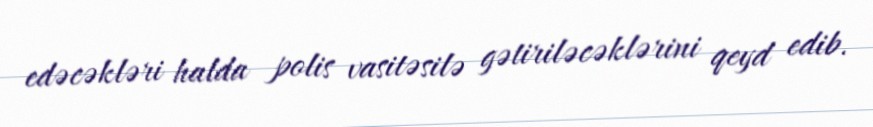
edəcəkləri halda polis vasitəsilə gətiriləcəklərini qeyd edib.